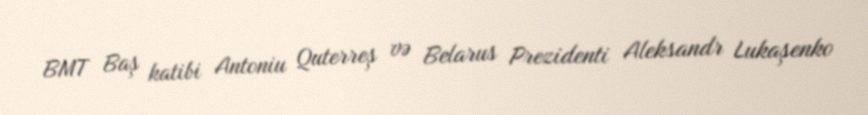
BMT Baş katibi Antoniu Quterreş və Belarus Prezidenti Aleksandr Lukaşenko